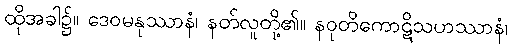
ထိုအခါ၌။ ဒေဝမနုဿာနံ၊ နတ်လူတို့၏။ နဝုတိကောဋိသဟဿာနံ၊